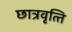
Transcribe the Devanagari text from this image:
छात्रवृत्‍ति